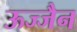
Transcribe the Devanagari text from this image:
ऊज्जैन